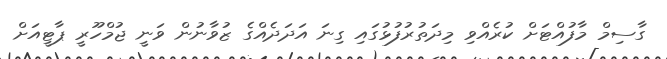
ގާސިމް މާފުއްޓަށް ކުރެއްވި މިދަތުރުފުޅުގައި ގިނަ އަދަދެއްގެ ޒުވާނުން ވަނީ ޖުމްހޫރީ ޕާޓީއަށް